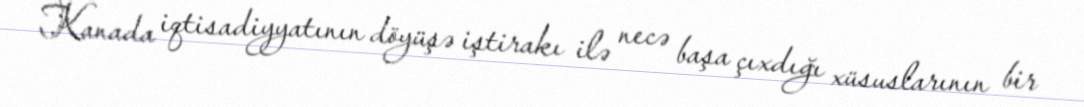
Kanada iqtisadiyyatının döyüşə iştirakı ilə necə başa çıxdığı xüsuslarının bir